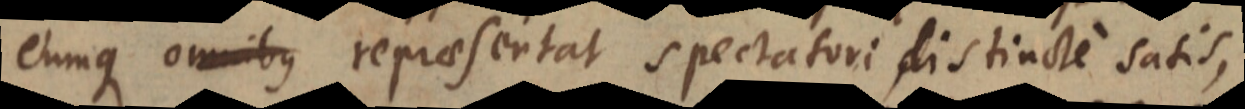
eumque omnibus repraesentat spectatori distincte satis,